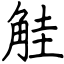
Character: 觟